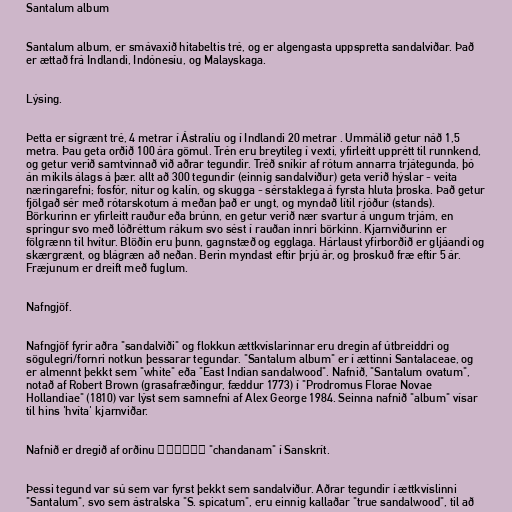
Santalum album

Santalum album, er smávaxið hitabeltis tré, og er algengasta uppspretta sandalviðar. Það
er ættað frá Indlandi, Indónesíu, og Malayskaga.

Lýsing.

Þetta er sígrænt tré, 4 metrar í Ástralíu og í Indlandi 20 metrar . Ummálið getur náð 1,5
metra. Þau geta orðið 100 ára gömul. Trén eru breytileg í vexti, yfirleitt upprétt til runnkend,
og getur verið samtvinnað við aðrar tegundir. Tréð sníkir af rótum annarra trjátegunda, þó
án mikils álags á þær. allt að 300 tegundir (einnig sandalviður) geta verið hýslar - veita
næringarefni; fosfór, nitur og kalín, og skugga - sérstaklega á fyrsta hluta þroska. Það getur
fjölgað sér með rótarskotum á meðan það er ungt, og myndað lítil rjóður (stands).
Börkurinn er yfirleitt rauður eða brúnn, en getur verið nær svartur á ungum trjám, en
springur svo með lóðréttum rákum svo sést í rauðan innri börkinn. Kjarnviðurinn er
fölgrænn til hvítur. Blöðin eru þunn, gagnstæð og egglaga. Hárlaust yfirborðið er gljáandi og
skærgrænt, og blágræn að neðan. Berin myndast eftir þrjú ár, og þroskuð fræ eftir 5 ár.
Fræjunum er dreift með fuglum.

Nafngjöf.

Nafngjöf fyrir aðra "sandalviði" og flokkun ættkvíslarinnar eru dregin af útbreiddri og
sögulegri/fornri notkun þessarar tegundar. "Santalum album" er í ættinni Santalaceae, og
er almennt þekkt sem "white" eða "East Indian sandalwood". Nafnið, "Santalum ovatum",
notað af Robert Brown (grasafræðingur, fæddur 1773) í "Prodromus Florae Novae
Hollandiae" (1810) var lýst sem samnefni af Alex George 1984. Seinna nafnið "album" vísar
til hins 'hvíta' kjarnviðar.

Nafnið er dregið af orðinu चन्दनं "chandanam" í Sanskrít.

Þessi tegund var sú sem var fyrst þekkt sem sandalviður. Aðrar tegundir í ættkvíslinni
"Santalum", svo sem ástralska "S. spicatum", eru einnig kallaðar "true sandalwood", til að